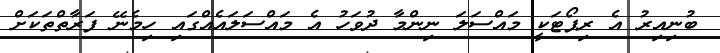
ބުނިއިރު އެ ރިޕޯޓަކީ މައްސަލަ ނިންމާ ދުވަހު އެ މައްސަލައެއްގައި ހިމެނޭ ފަރާތްތަކަށް